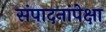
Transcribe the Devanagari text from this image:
संपादनांपेक्षा